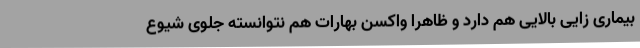
بیماری زایی بالایی هم دارد و ظاهرا واکسن بهارات هم نتوانسته جلوی شیوع